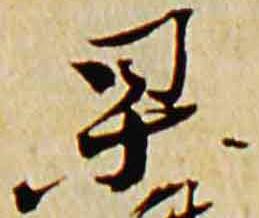
杲